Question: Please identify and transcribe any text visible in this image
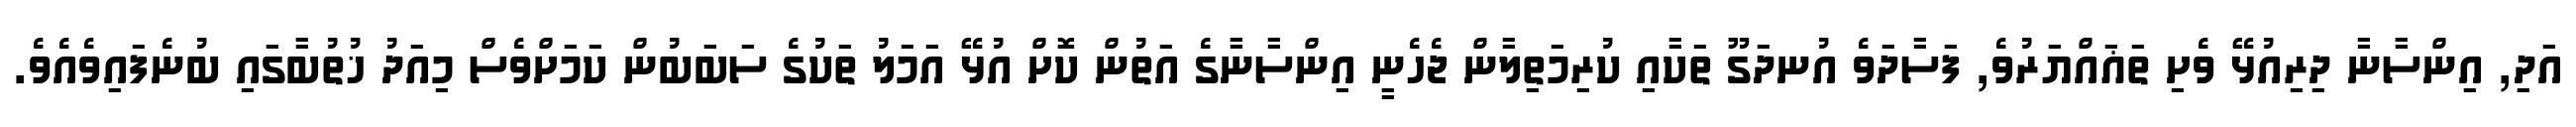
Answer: އަދި, އިންސާނާ ދިރިއުޅޭ ވެށި ތަޣައްޔަރުވެ, ފަސާދަވެ އުނދަގޫ ތަކާއި ކުރިމަތިލާން ޖެހެނީ އިންސާނާގެ އަތުން ކޮށް އުޅޭ އަމަލު ތަކުގެ ސަބަބުން ކަމަށްވެސް މިއަދު ޚުތުބާގައި ބުނެފައިވެއެވެ.